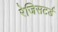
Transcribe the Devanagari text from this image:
रेजिसटर्ड